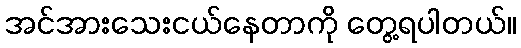
အင်အားသေးငယ်နေတာကို တွေ့ရပါတယ်။